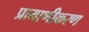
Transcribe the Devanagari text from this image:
प्रामाणीकरण